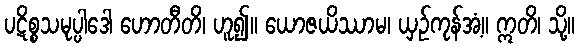
ပဋိစ္စသမုပ္ပါဒေါ ဟောတီတိ၊ ဟူ၍။ ယောဇယိဿာမ၊ ယှဉ်ကုန်အံ့။ ဣတိ၊ သို့။